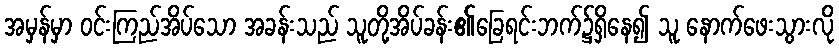
အမှန်မှာ ဝင်းကြည်အိပ်သော အခန်းသည် သူတို့အိပ်ခန်း၏ခြေရင်းဘက်၌ရှိနေ၍ သူ နောက်ဖေးသွားလို